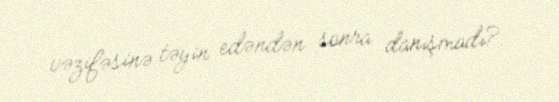
vəzifəsinə təyin edəndən sonra danışmadı?.